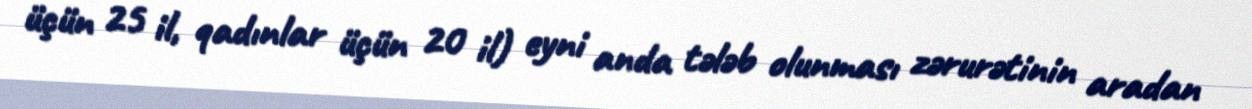
üçün 25 il, qadınlar üçün 20 il) eyni anda tələb olunması zərurətinin aradan